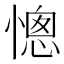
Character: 憁